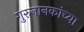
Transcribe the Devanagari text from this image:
गुरुनानकांच्या